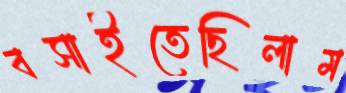
বসাইতেছিলাম